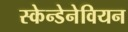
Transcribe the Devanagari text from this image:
स्केन्डेनेवियन